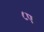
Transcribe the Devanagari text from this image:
८ए